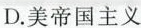
D.美帝国主义